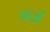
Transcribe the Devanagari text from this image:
ग़र्ज़